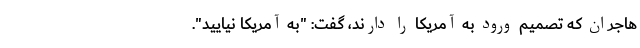
هاجران که تصمیم ورود به آمریکا را دارند، گفت: "به آمریکا نیایید".